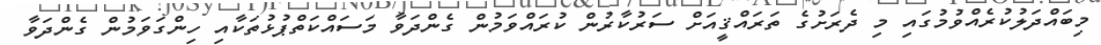
މިބައްދަލުކުރެއްވުމުގައި މި ދެރަށުގެ ތަރައްޤީއަށް ސަރުކާރުން ކުރައްވަމުން ގެންދަވާ މަސައްކަތްޕުޅުތަކާއި ހިންގަވަމުން ގެންދަވާ